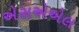
એસએએલ